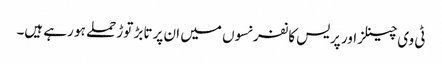
ٹی وی چینلز اور پریس کانفرنسوں میں ان پر تابڑ توڑ حملے ہو رہے ہیں۔